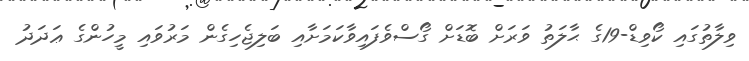
ވިލާތުގައި ކޯވިޑް-19ގެ ޙާލަތު ވަރަށް ބޮޑަށް ގޯސްވެފައިވާކަމަށާއި ބަލިޖެހިގެން މަރުވައި މީހުންގެ ޢަދަދު